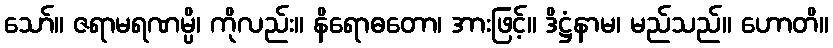
သော်။ ဇရာမရဏမ္ပိ၊ ကိုလည်း။ နိရောဓတော၊ အားဖြင့်။ ဒိဋ္ဌံနာမ၊ မည်သည်။ ဟောတိ။